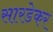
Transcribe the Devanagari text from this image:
सारडेकर